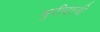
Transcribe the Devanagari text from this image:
मुरीदानी